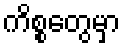
ကိစ္စတွေမှာ